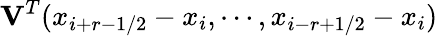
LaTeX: \mathbf{V}^{T}(x_{i+r-1/2}-x_{i},\cdots,x_{i-r+1/2}-x_{i})